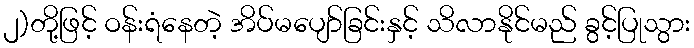
၂)တို့ဖြင့် ဝန်းရံနေတဲ့ အိပ်မပျော်ခြင်းနှင့် သိလာနိုင်မည် ခွင့်ပြုသွား